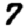
Digit: 7